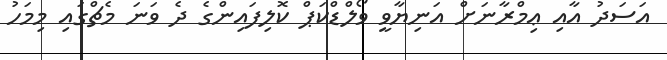
އަސަދު އާއި ޢިމްރާނަށް އަނިޔާވީ ވޯލްޑްކަޕް ކޮލިފައިންގެ ދެ ވަނަ މެޗްގައި މިމަހު